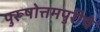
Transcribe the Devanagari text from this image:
पुरूषोत्तमपुरीचे